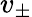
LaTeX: v_{\pm}